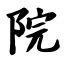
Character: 院